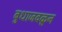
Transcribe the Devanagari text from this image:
बुधाजवळून